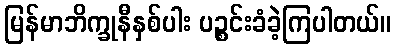
မြန်မာဘိက္ခုနီနှစ်ပါး ပဉ္စင်းခံခဲ့ကြပါတယ်။